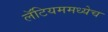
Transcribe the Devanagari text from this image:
लॅटियममध्येच